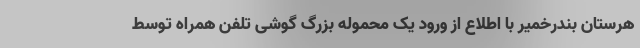
هرستان بندرخمیر با اطلاع از ورود یک محموله بزرگ گوشی تلفن همراه توسط